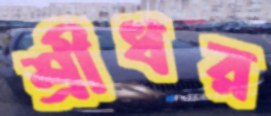
শ্রীধর